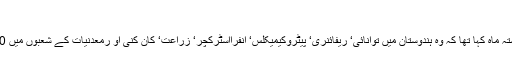
“
یہ بات قابل ذکر ہے کہ سعودی عرب نے گذشتہ ماہ کہا تھا کہ وہ ہندوستان میں توانائی‘ ریفائنری‘ پیٹروکیمیکلس‘ انفرااسٹرکچر‘ زراعت‘ کان کنی او رمعدنیات کے شعبوں میں 100ارب ڈالر کی سرمایہ کاری کرنا چاہتا ہے۔